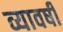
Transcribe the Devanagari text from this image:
व्यावर्षी